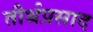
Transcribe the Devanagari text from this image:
तीर्थप्रसाद